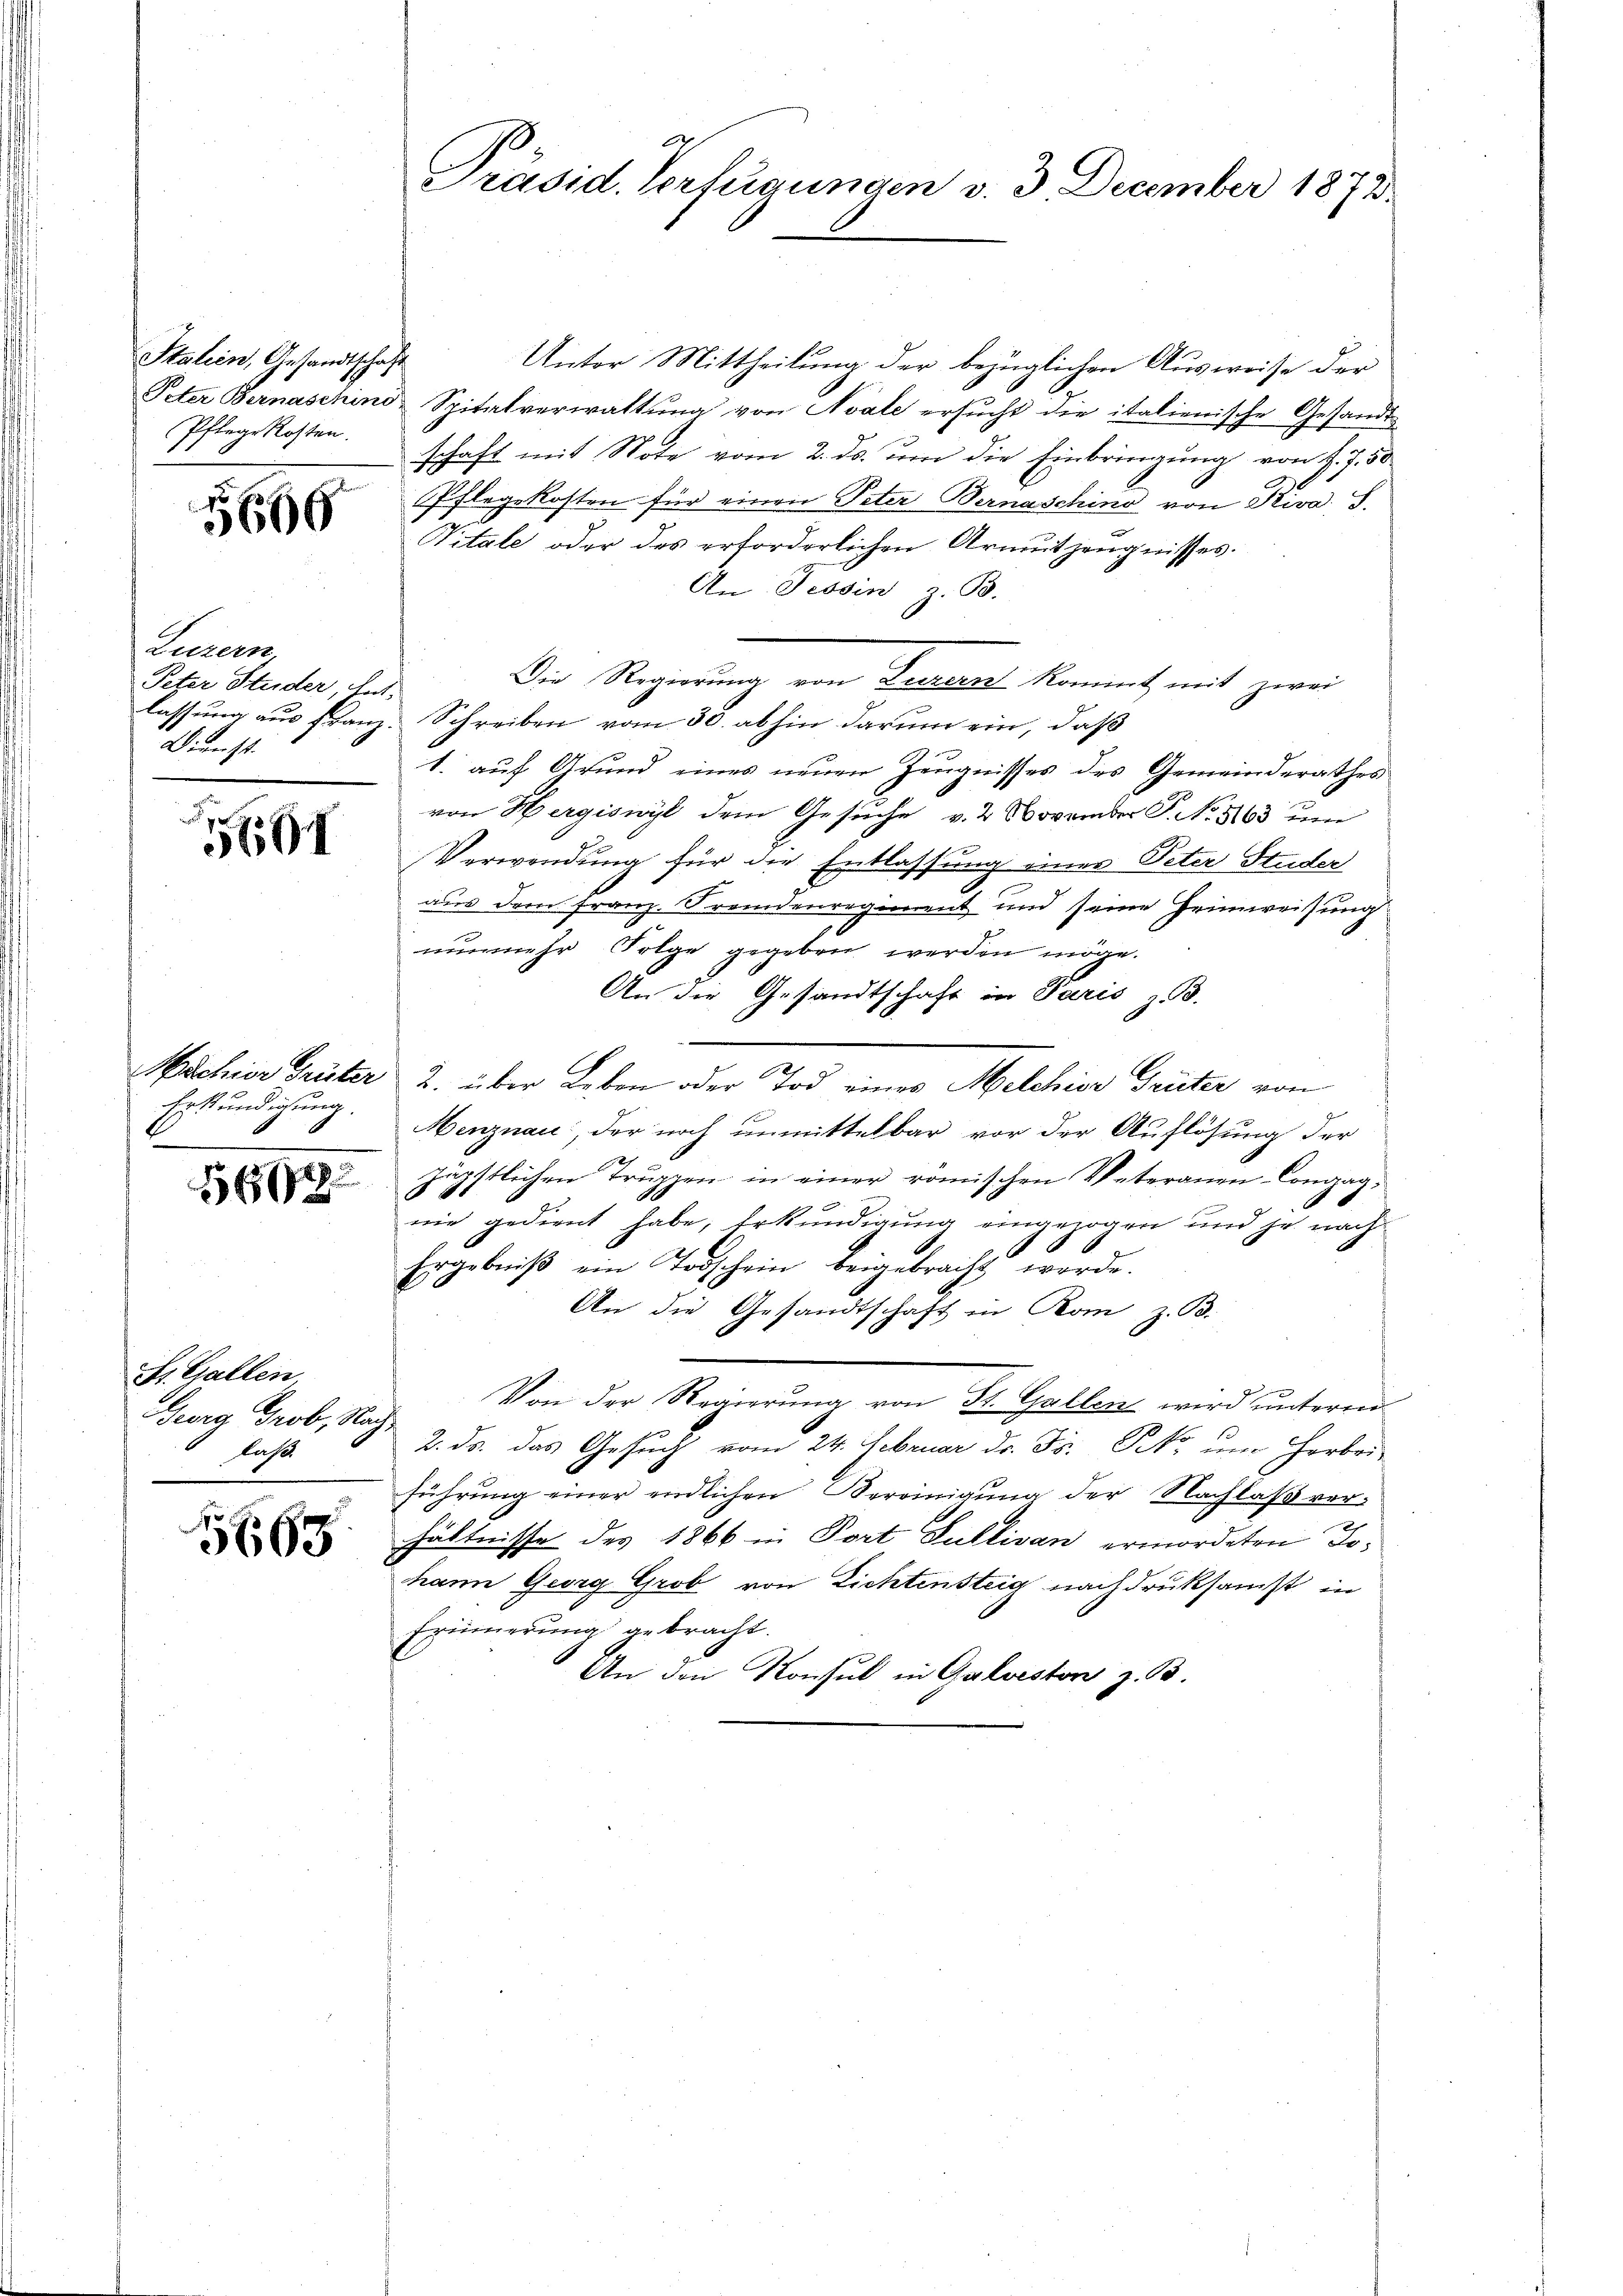
Italien, Gesandtschaft
Pflege Kosten.

6

Luzern
Peter Studer, hat.
Dienst

1

Erkundigung.

566

St. Gallen.
Georg Grob, Nachfahrt

5665

Unter Mittheilung der bezüglichen Ausweise der
Peter Bernaschins Spitalverwaltŭng von Nvale ersŭcht die italienische Gesandt-
schaft mit Note vom 2. ds. um die Einbringung von J. J. 50
Pflegekosten für einen Peter Bernaschino von Riva S.
Vitale oder des erforderlichen Armutzeugnisses.
An Tessin, z. B.
Die Regierung von Leuen kommt, mit zwei
lassung aus franz. Schreiben vom 30. abhin darum ein, daß
1. auf Grund eines neuen Zeugnisses des Gemeinderathes
von Hergiswyl dem Gesuche v. 2. November P. No. 5163 um
Verwendung für die Entlassung eines Peter Studer
aus dem Franz. Fremdenregiment und seine Heimweisung
nunmehr Folge gegeben werden möge.
An die Gesandtschaft in Paris zu.
Mschier Grister 2. über Leben oder Tod eines Melchior Grüter von
Menznau: der noch unmittelbar vor der Auflösung der
zärtlichen Truppen in einer römischen Vateranen-Congag¬
.
nie gedient habe, Erkundigung eingezogen und je nach
Ergebniβ ein Todschein beigebracht werde.
An die Gesandtschaft in Kom, z. B.
Von der Regierung von St. Gallen wird unteren
2. ds. das Gesuch vom 24. Februar dr. Fs. Niko um Herbei-
führŭng einer endlichen Vereinigŭng der Nachlaβ ver-
hältnisse des 1866 in Port Sullivan ermordeten Johann Georg Grob von Lichtensteig nachdruksamst in
Erinnerung gebracht.
An den Konsul in Galveston z. B.

Präsid. Verfügungen v. 3. December 1873.